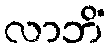
လာဘိံ